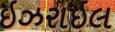
ઇઝરાઇલ